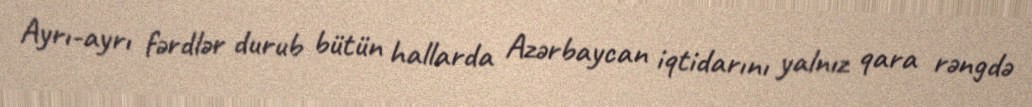
Ayrı-ayrı fərdlər durub bütün hallarda Azərbaycan iqtidarını yalnız qara rəngdə